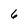
Character: 6